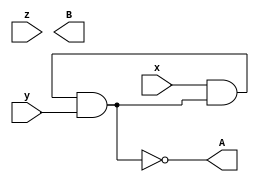
module top
(
 input x,
 input y,
 input z,

 output A,
 output B
 );

 wire A1,B1,A2,B2;

 assign A1 = x & A2;
 assign A2 = A1 & y;
 assign A = ~A2;

endmodule